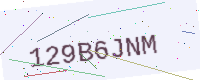
Text: 129B6JNM